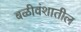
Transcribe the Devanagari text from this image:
बळीवंशातील